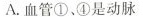
A.血管①、④是动脉